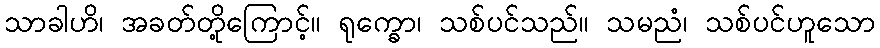
သာခါဟိ၊ အခတ်တို့ကြောင့်။ ရုက္ခော၊ သစ်ပင်သည်။ သမညံ၊ သစ်ပင်ဟူသော